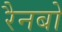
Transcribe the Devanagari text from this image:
रैनबो